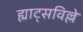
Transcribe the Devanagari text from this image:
ह्याट्सविल्ले